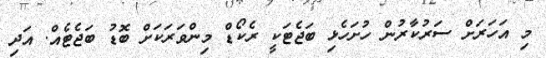
މި އަހަރަށް ސަރުކާރުން ހުށަހެޅި ބަޖެޓަކީ ރެކޯޑް މިންވަރަކަށް ބޮޑު ބަޖެޓެއް. އަދި